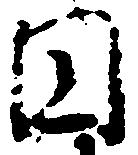
円